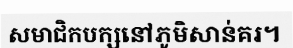
សមាជិកបក្សនៅភូមិសាន់គរ។